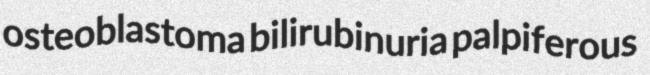
osteoblastoma bilirubinuria palpiferous